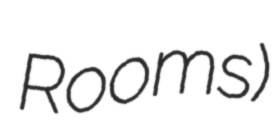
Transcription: Rooms)